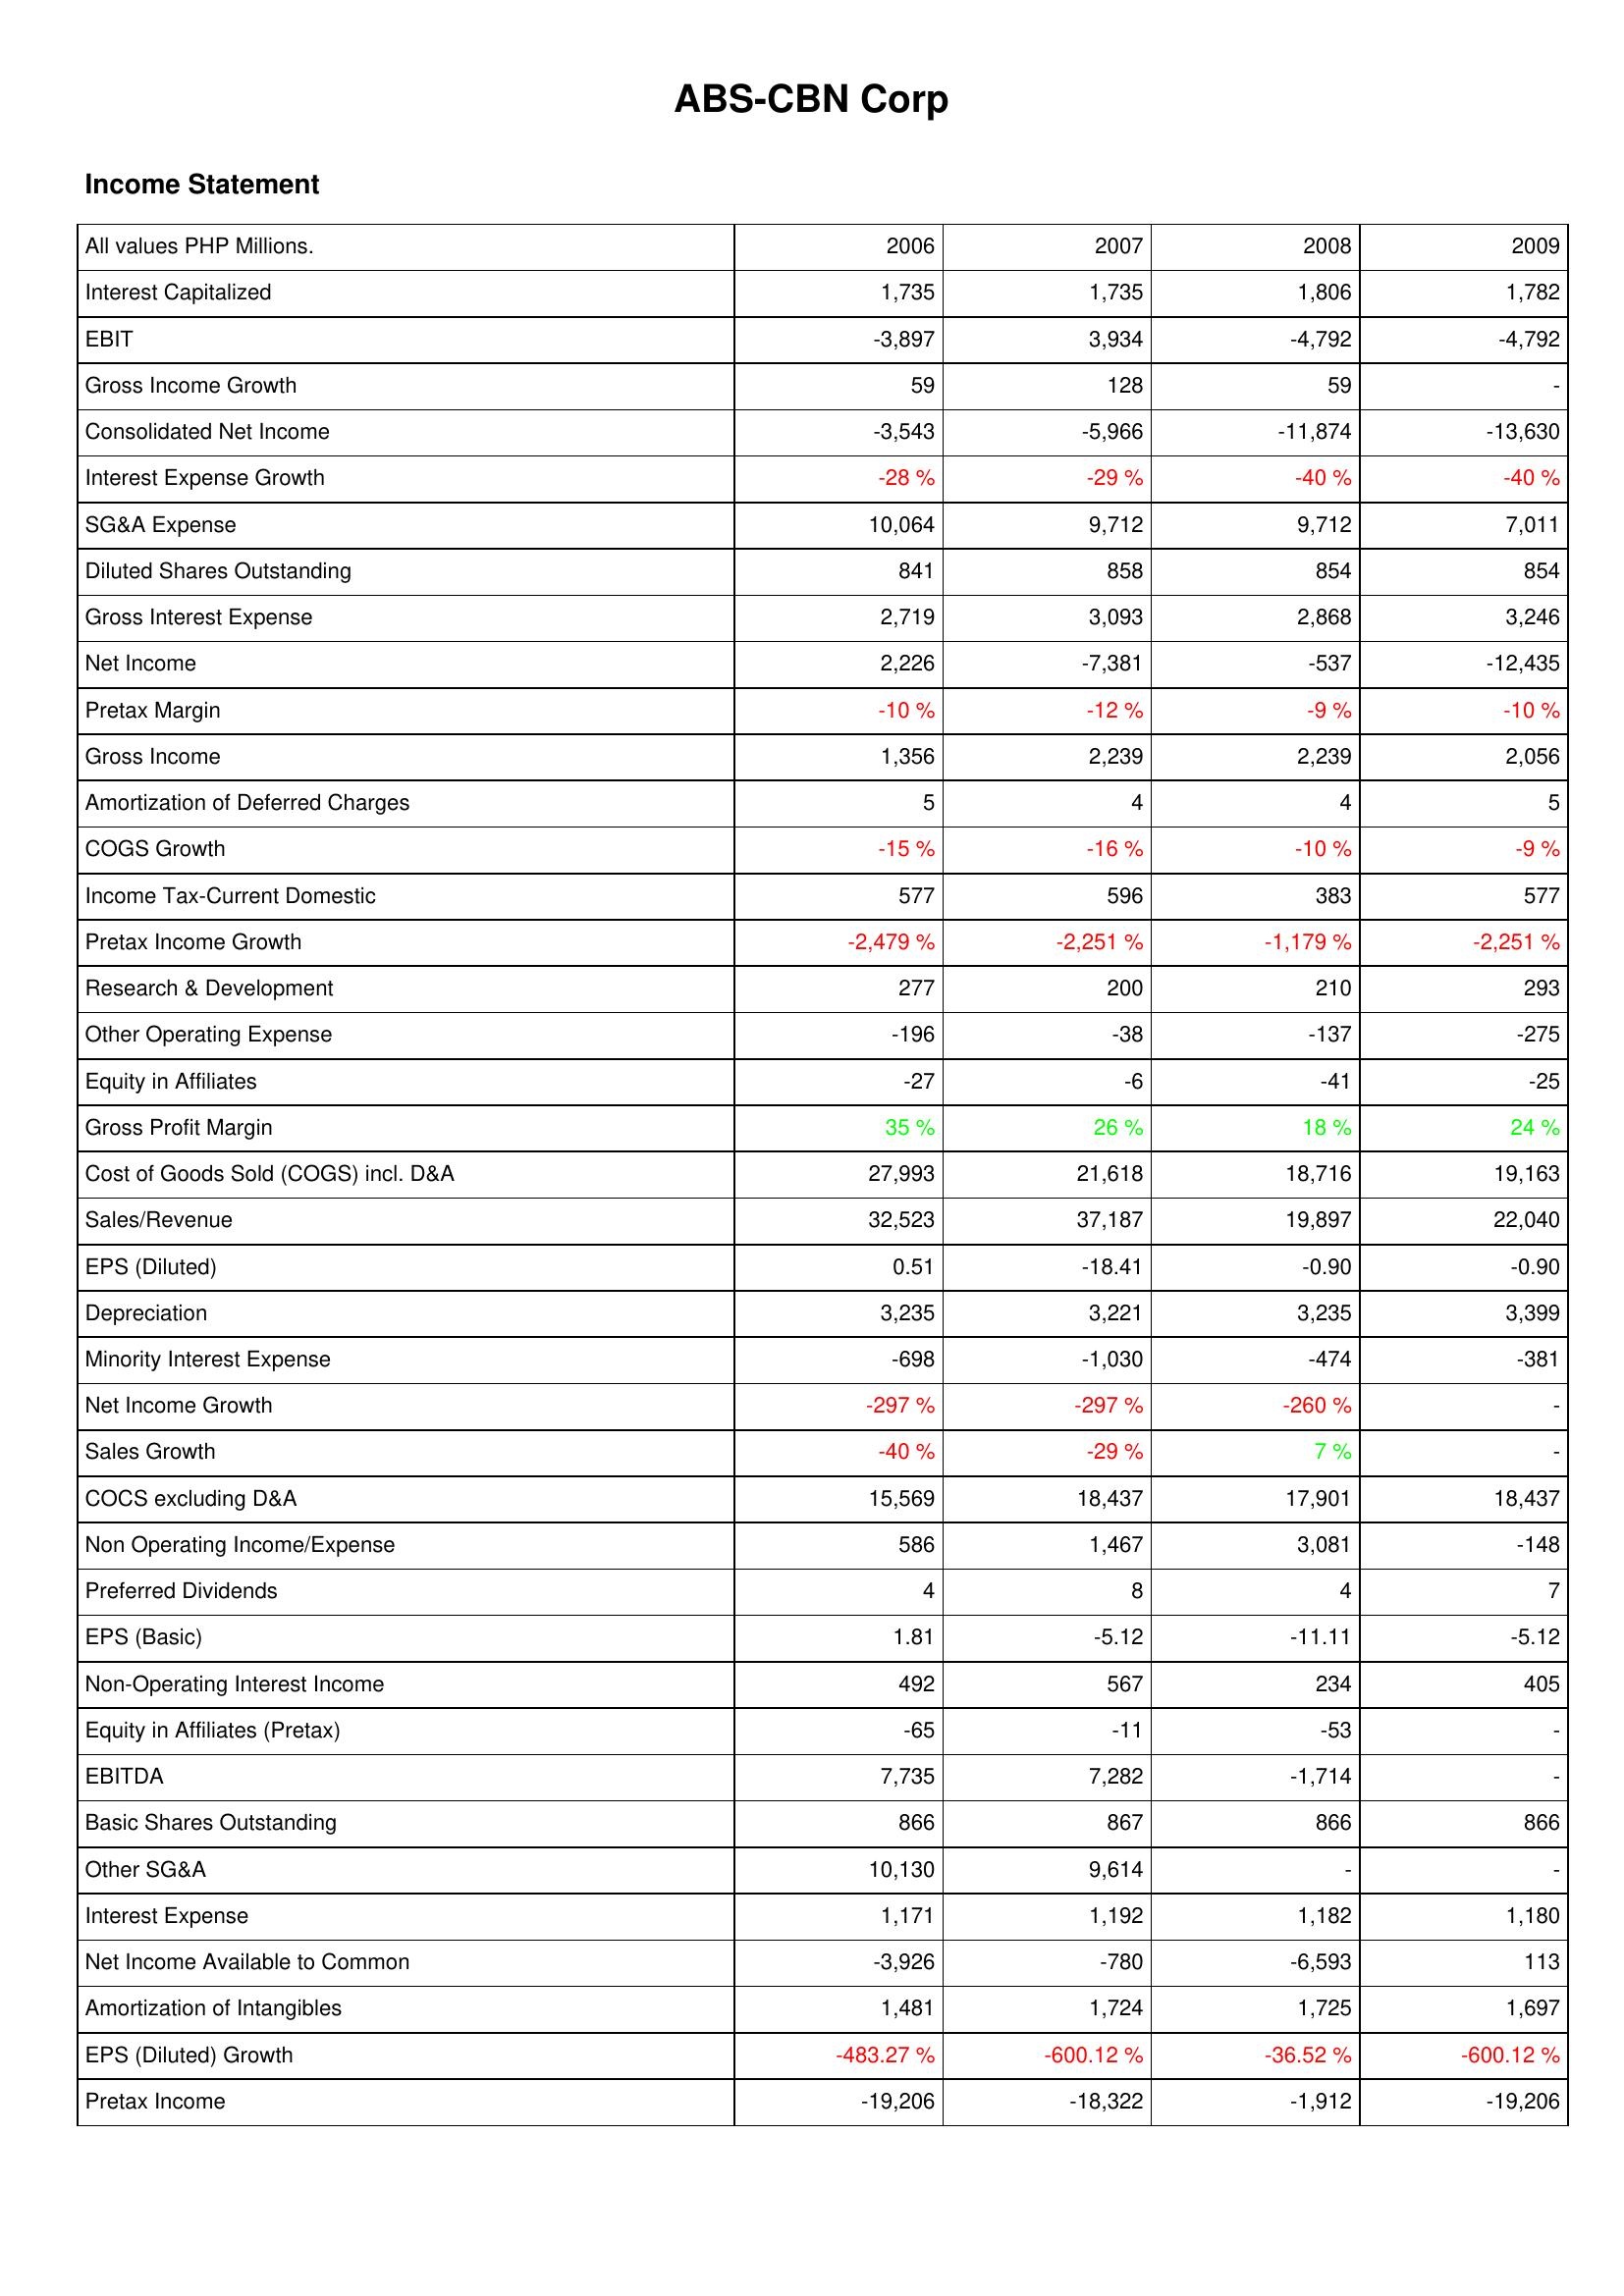
2006: Income Statement: Interest Capitalized: 1,735
EBIT: -3,897
Gross Income Growth: 59
Consolidated Net Income: -3,543
Interest Expense Growth: -28 %
SG&A Expense: 10,064
Diluted Shares Outstanding: 841
Gross Interest Expense: 2,719
Net Income: 2,226
Pretax Margin: -10 %
Gross Income: 1,356
Amortization of Deferred Charges: 5
COGS Growth: -15 %
Income Tax-Current Domestic: 577
Pretax Income Growth: -2,479 %
Research & Development: 277
Other Operating Expense: -196
Equity in Affiliates: -27
Gross Profit Margin: 35 %
Cost of Goods Sold (COGS) incl. D&A: 27,993
Sales/Revenue: 32,523
EPS (Diluted): 0.51
Depreciation: 3,235
Minority Interest Expense: -698
Net Income Growth: -297 %
Sales Growth: -40 %
COCS excluding D&A: 15,569
Non Operating Income/Expense: 586
Preferred Dividends: 4
EPS (Basic): 1.81
Non-Operating Interest Income: 492
Equity in Affiliates (Pretax): -65
EBITDA: 7,735
Basic Shares Outstanding: 866
Other SG&A: 10,130
Interest Expense: 1,171
Net Income Available to Common: -3,926
Amortization of Intangibles: 1,481
EPS (Diluted) Growth: -483.27 %
Pretax Income: -19,206
2007: Income Statement: Interest Capitalized: 1,735
EBIT: 3,934
Gross Income Growth: 128
Consolidated Net Income: -5,966
Interest Expense Growth: -29 %
SG&A Expense: 9,712
Diluted Shares Outstanding: 858
Gross Interest Expense: 3,093
Net Income: -7,381
Pretax Margin: -12 %
Gross Income: 2,239
Amortization of Deferred Charges: 4
COGS Growth: -16 %
Income Tax-Current Domestic: 596
Pretax Income Growth: -2,251 %
Research & Development: 200
Other Operating Expense: -38
Equity in Affiliates: -6
Gross Profit Margin: 26 %
Cost of Goods Sold (COGS) incl. D&A: 21,618
Sales/Revenue: 37,187
EPS (Diluted): -18.41
Depreciation: 3,221
Minority Interest Expense: -1,030
Net Income Growth: -297 %
Sales Growth: -29 %
COCS excluding D&A: 18,437
Non Operating Income/Expense: 1,467
Preferred Dividends: 8
EPS (Basic): -5.12
Non-Operating Interest Income: 567
Equity in Affiliates (Pretax): -11
EBITDA: 7,282
Basic Shares Outstanding: 867
Other SG&A: 9,614
Interest Expense: 1,192
Net Income Available to Common: -780
Amortization of Intangibles: 1,724
EPS (Diluted) Growth: -600.12 %
Pretax Income: -18,322
2008: Income Statement: Interest Capitalized: 1,806
EBIT: -4,792
Gross Income Growth: 59
Consolidated Net Income: -11,874
Interest Expense Growth: -40 %
SG&A Expense: 9,712
Diluted Shares Outstanding: 854
Gross Interest Expense: 2,868
Net Income: -537
Pretax Margin: -9 %
Gross Income: 2,239
Amortization of Deferred Charges: 4
COGS Growth: -10 %
Income Tax-Current Domestic: 383
Pretax Income Growth: -1,179 %
Research & Development: 210
Other Operating Expense: -137
Equity in Affiliates: -41
Gross Profit Margin: 18 %
Cost of Goods Sold (COGS) incl. D&A: 18,716
Sales/Revenue: 19,897
EPS (Diluted): -0.90
Depreciation: 3,235
Minority Interest Expense: -474
Net Income Growth: -260 %
Sales Growth: 7 %
COCS excluding D&A: 17,901
Non Operating Income/Expense: 3,081
Preferred Dividends: 4
EPS (Basic): -11.11
Non-Operating Interest Income: 234
Equity in Affiliates (Pretax): -53
EBITDA: -1,714
Basic Shares Outstanding: 866
Other SG&A: -
Interest Expense: 1,182
Net Income Available to Common: -6,593
Amortization of Intangibles: 1,725
EPS (Diluted) Growth: -36.52 %
Pretax Income: -1,912
2009: Income Statement: Interest Capitalized: 1,782
EBIT: -4,792
Gross Income Growth: -
Consolidated Net Income: -13,630
Interest Expense Growth: -40 %
SG&A Expense: 7,011
Diluted Shares Outstanding: 854
Gross Interest Expense: 3,246
Net Income: -12,435
Pretax Margin: -10 %
Gross Income: 2,056
Amortization of Deferred Charges: 5
COGS Growth: -9 %
Income Tax-Current Domestic: 577
Pretax Income Growth: -2,251 %
Research & Development: 293
Other Operating Expense: -275
Equity in Affiliates: -25
Gross Profit Margin: 24 %
Cost of Goods Sold (COGS) incl. D&A: 19,163
Sales/Revenue: 22,040
EPS (Diluted): -0.90
Depreciation: 3,399
Minority Interest Expense: -381
Net Income Growth: -
Sales Growth: -
COCS excluding D&A: 18,437
Non Operating Income/Expense: -148
Preferred Dividends: 7
EPS (Basic): -5.12
Non-Operating Interest Income: 405
Equity in Affiliates (Pretax): -
EBITDA: -
Basic Shares Outstanding: 866
Other SG&A: -
Interest Expense: 1,180
Net Income Available to Common: 113
Amortization of Intangibles: 1,697
EPS (Diluted) Growth: -600.12 %
Pretax Income: -19,206